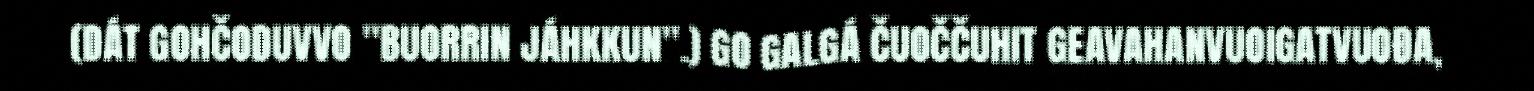
(DÁT GOHČODUVVO "BUORRIN JÁHKKUN".) GO GALGÁ ČUOČČUHIT GEAVAHANVUOIGATVUOĐA,